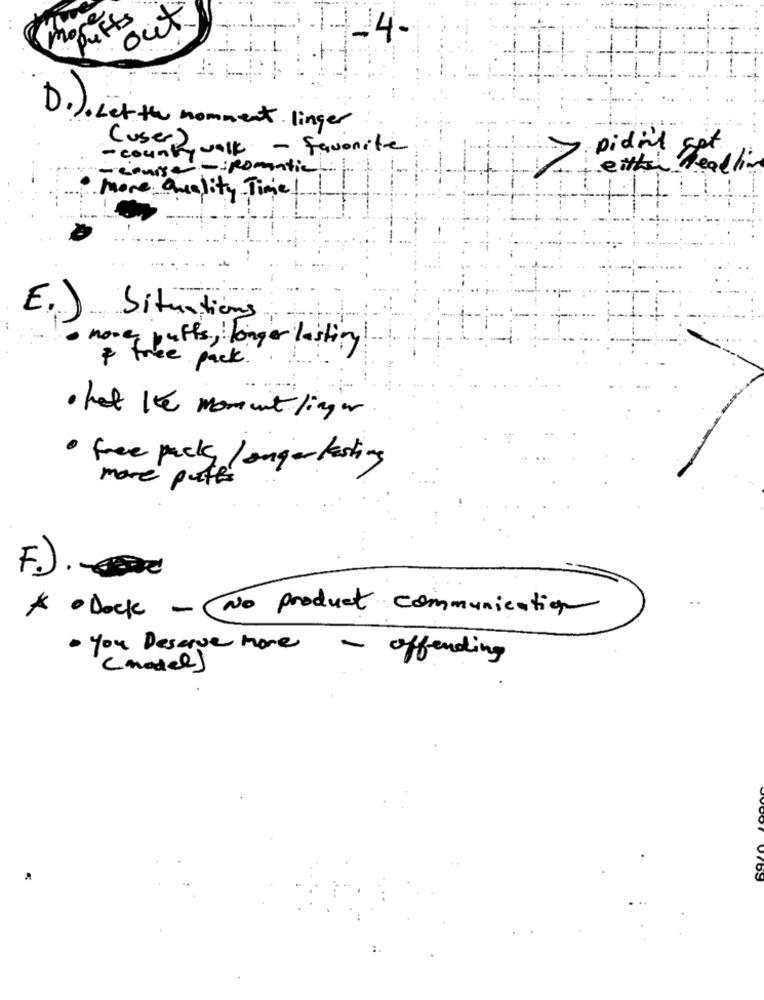
puffs
out
more
-14-
D. ) . Let the nomment linger
Cuser 2 valk - favorite
- count
Didn't get
- course - : Romantic
either Headlin
. more Quality Time !
E.) Situations
money puffs, longer lasting!
& free pack .
· hat the moment ligger
. free pack longerkesting
more puts
F.).
* · Dock - No product communication
· you Deserve more
- offending
(model)
D'S